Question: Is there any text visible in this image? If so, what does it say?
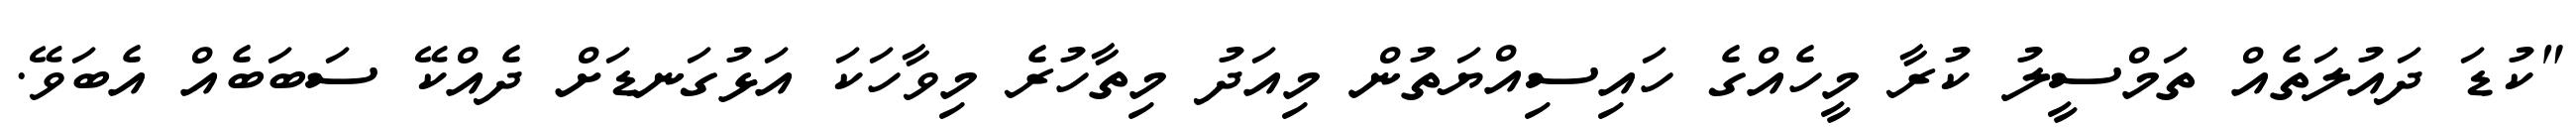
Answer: "ކުޑަ ދައުލަތެއް ތަމްސީލު ކުރާ މީހެއްގެ ހައިސިއްޔަތުން މިއަދު މިތާހުރެ މިވާހަކަ އަޅުގަނޑަށް ދެއްކޭ ސަބަބެއް އެބަވޭ.